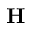
\mathbf H